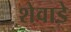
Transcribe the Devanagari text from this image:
शेवाडे